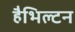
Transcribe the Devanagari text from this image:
हैभिल्टन